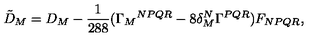
{ \tilde { D } } _ { M } = D _ { M } - \frac { 1 } { 2 8 8 } ( \Gamma _ { M } { } ^ { N P Q R } - 8 \delta _ { M } ^ { N } \Gamma ^ { P Q R } ) F _ { N P Q R } ,